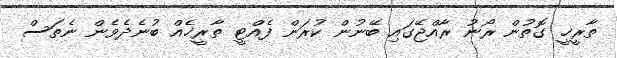
ތާރީޚީ ގޮތުން ރޯނު ރާއްޖޭގައި ބޭނުން ކުރަން ފެއްޓީ ތާރީޚެއް ބުނެދެވެން ނެތަސް